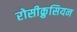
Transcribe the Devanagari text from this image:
रोसीक्रुसियन